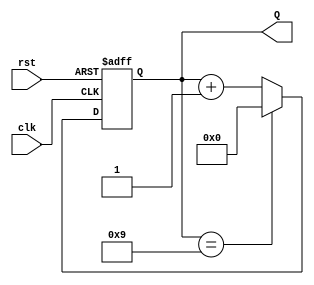
module bcd_counter (
    input wire clk,       // Clock input
    input wire rst,       // Asynchronous reset input
    output reg [3:0] Q    // 4-bit BCD output
);

// Always block triggered on the rising edge of the clock or when reset is active
always @(posedge clk or posedge rst) begin
    if (rst) begin
        // Asynchronous reset: set counter to 0
        Q <= 4'b0000;
    end else begin
        // Increment the counter
        if (Q == 4'b1001) begin
            // If counter reaches 9, reset to 0
            Q <= 4'b0000;
        end else begin
            // Otherwise, increment the counter
            Q <= Q + 1;
        end
    end
end

endmodule